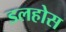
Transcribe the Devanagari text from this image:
डलहोस